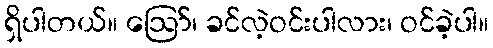
ရှိပါတယ်။ ဪ၊ ခင်လဲ့ဝင်းပါလား၊ ဝင်ခဲ့ပါ။